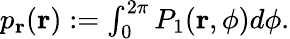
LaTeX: \begin{array}{r}{p_{\mathbf{r}}(\mathbf{r}):=\int_{0}^{2\pi}P_{1}(\mathbf{r},\phi)d\phi.}\end{array}